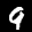
Label: 9